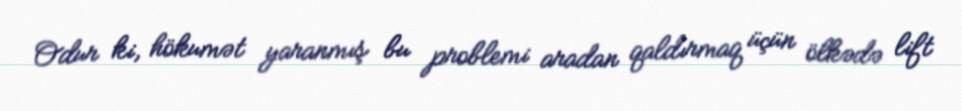
Odur ki, hökumət yaranmış bu problemi aradan qaldırmaq üçün ölkədə lift